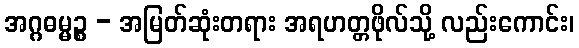
အဂ္ဂဓမ္မဉ္စ - အမြတ်ဆုံးတရား အရဟတ္တဖိုလ်သို့ လည်းကောင်း၊